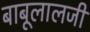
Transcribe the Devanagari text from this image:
बाबूलालजी